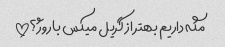
مگه داریم بهتر از گریل میکس باروژ؟!!!